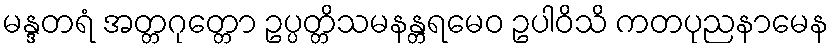
မန္ဒတရံ အတ္တဂုတ္တော ဥပ္ပတ္တိသမနန္တရမေဝ ဥပါဝိသိ ကတပုညနာမေန